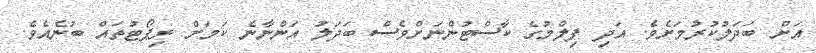
އަށް ބަދަލުކުރުމަށެވެ. އަދި ފިލްމުގެ ކާސްޓުންނަށްވެސް ބަދަލު އަންނާނެ ކަމަށް ރިޕޯޓުތައް ބުނެއެވެ.